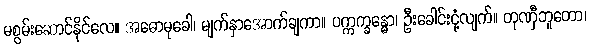
မစွမ်းဆောင်နိုင်လေ။ အဓောမုခေါ၊ မျက်နှာအောက်ချကာ။ ပက္ကက္ခန္ဓော၊ ဦးခေါင်းငုံ့လျက်။ တုဏှီဘူတော၊